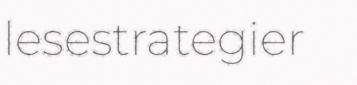
lesestrategier